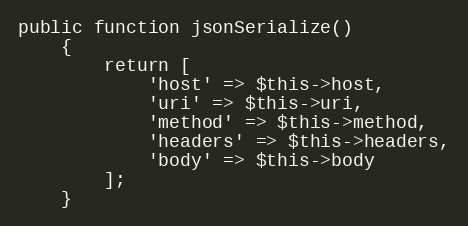
Language: PHP
public function jsonSerialize()
    {
        return [
            'host' => $this->host,
            'uri' => $this->uri,
            'method' => $this->method,
            'headers' => $this->headers,
            'body' => $this->body
        ];
    }